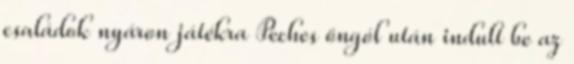
családok nyáron játékra Peches öngól után indult be az